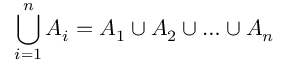
\bigcup _ { i = 1 } ^ { n } A _ { i } = A _ { 1 } \cup A _ { 2 } \cup \ldots \cup A _ { n }